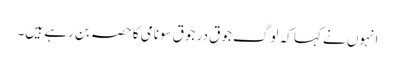
انہوں نے کہا کہ لوگ جوق در جوق سونامی کا حصہ بن رہے ہیں۔